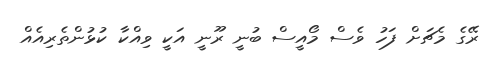
ރޭގެ މެޗަށް ފަހު ވެސް މޯއީސް ބުނީ ރޫނީ އަކީ ވިއްކާ ކުޅުންތެރިއެއް